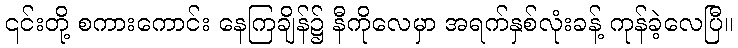
၎င်းတို့ စကားကောင်း နေကြချိန်၌ နီကိုလေမှာ အရက်နှစ်လုံးခန့် ကုန်ခဲ့လေပြီ။